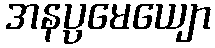
အနပ္ပမေယျော